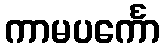
ကာမပင်္ကော